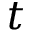
t